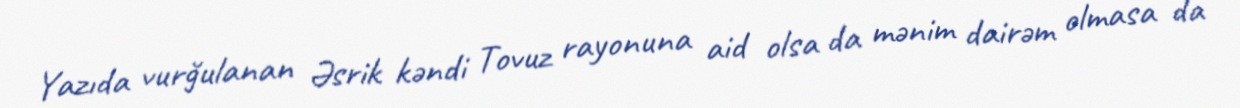
Yazıda vurğulanan Əsrik kəndi Tovuz rayonuna aid olsa da mənim dairəm olmasa da